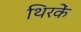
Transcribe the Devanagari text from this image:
थिरकें